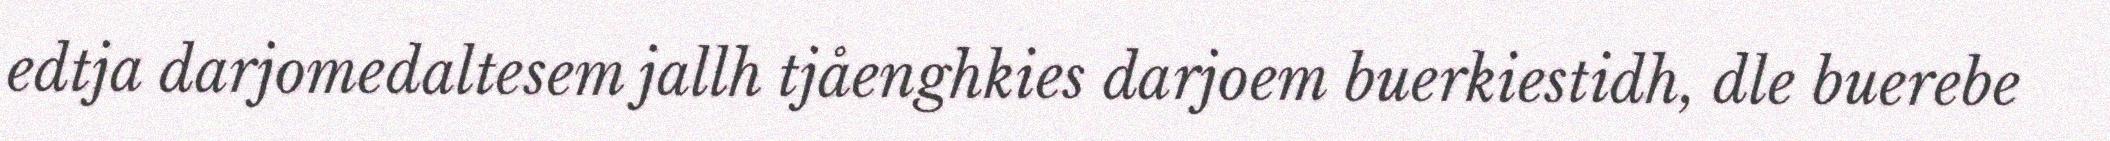
edtja darjomedaltesem jallh tjåenghkies darjoem buerkiestidh, dle buerebe